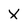
Character: X